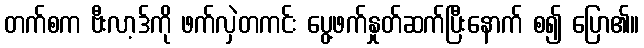
တက်စက ဗီးလာ့ဒ်ကို ဖက်လှဲတကင်း ပွေ့ဖက်နှုတ်ဆက်ပြီးနောက် စ၍ ပြော၏။